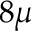
8 \mu